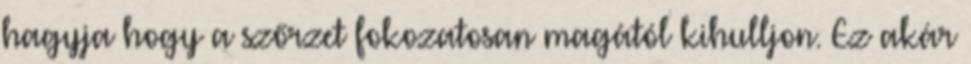
hagyja hogy a szőrzet fokozatosan magától kihulljon. Ez akár